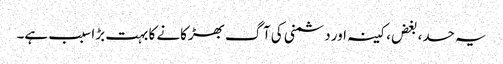
یہ حسد، بغض، کینہ اور دشمنی کی آگ بھڑکانے کا بہت بڑا سبب ہے۔